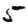
Digit: 5